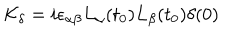
{ \cal K } _ { \delta } = i \epsilon _ { \alpha \beta } L _ { \alpha } ( t _ { 0 } ) L _ { \beta } ( t _ { 0 } ) \delta ( 0 )